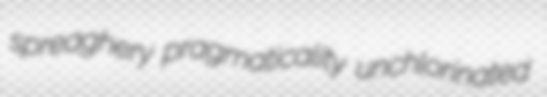
spreaghery pragmaticality unchlorinated